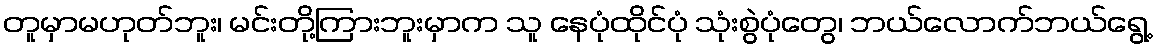
တူမှာမဟုတ်ဘူး၊ မင်းတို့ကြားဘူးမှာက သူ နေပုံထိုင်ပုံ သုံးစွဲပုံတွေ၊ ဘယ်လောက်ဘယ်ရွေ့